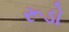
રૂડો